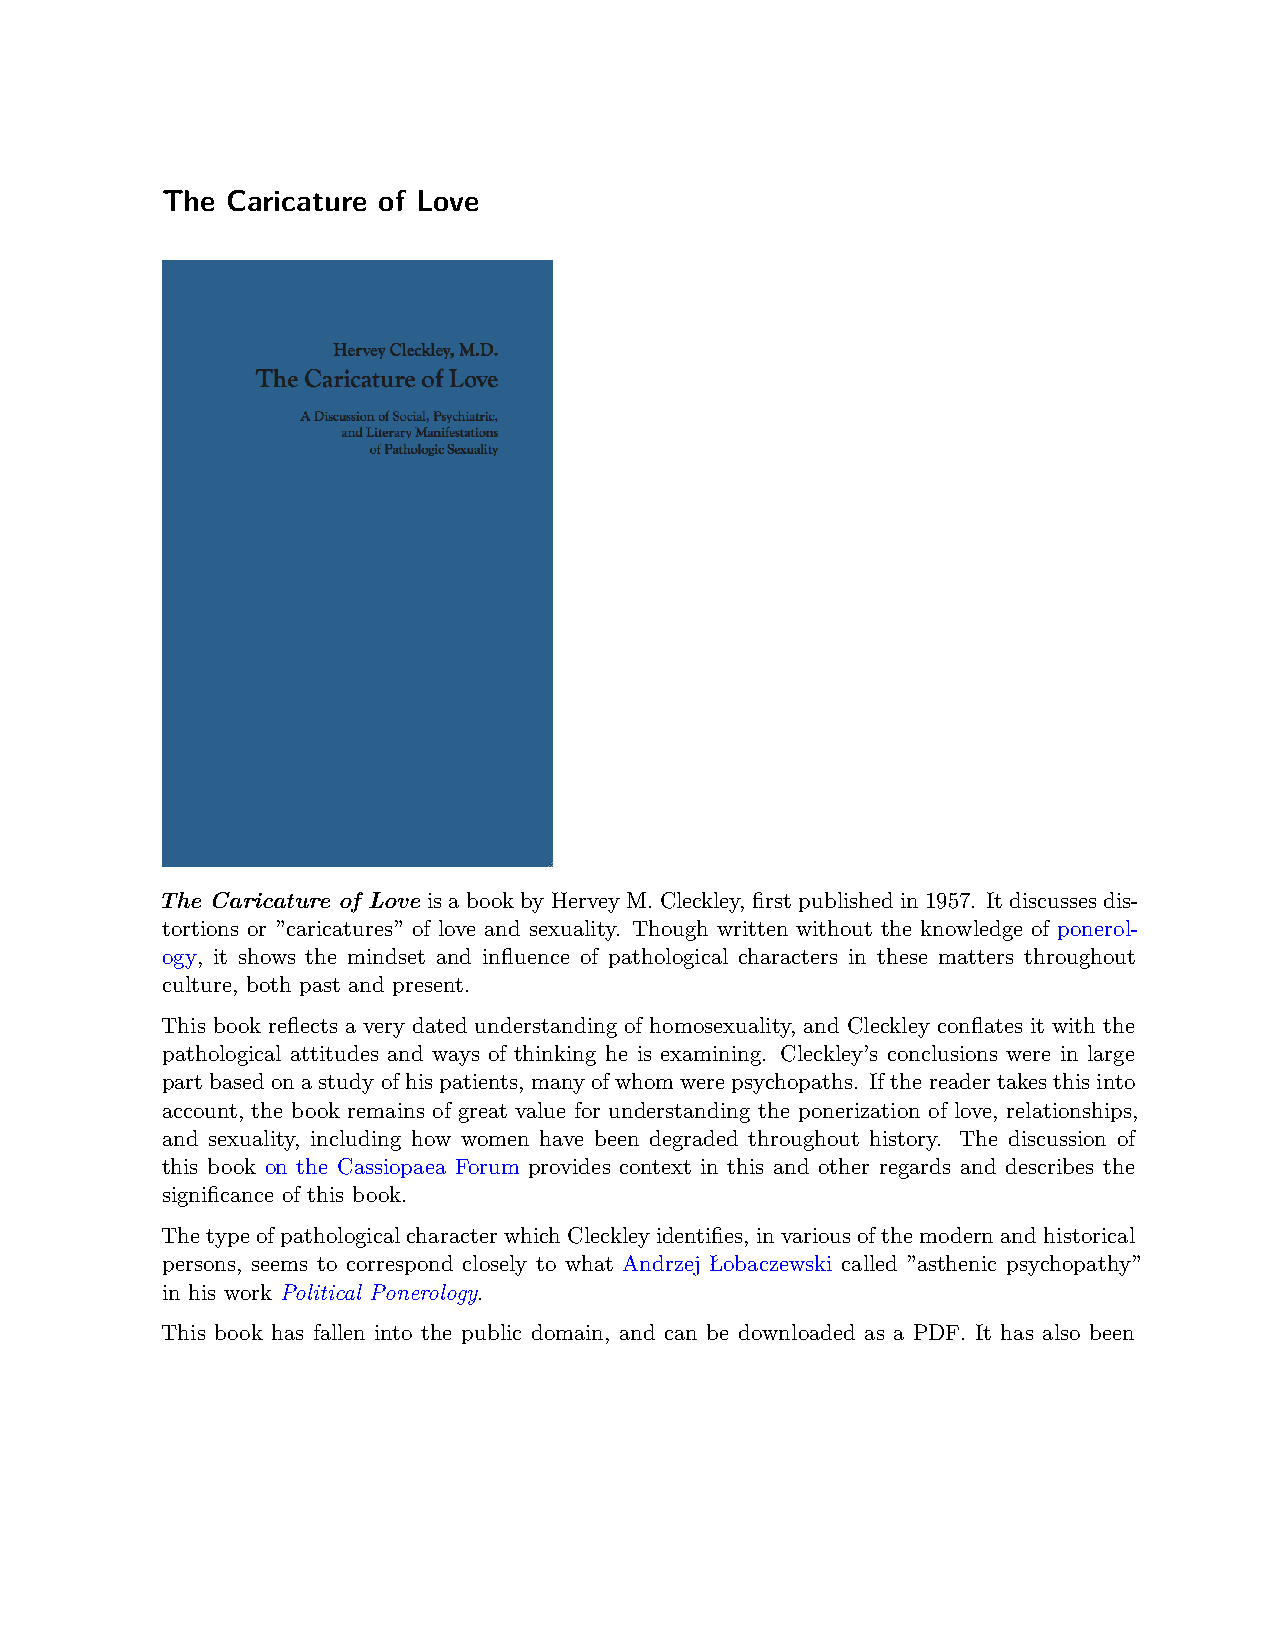
The Caricature of Love
 The Caricature of LoveisabookbyHerveyM.Cleckley, firstpublishedin1957. Itdiscussesdis-
 tortions or ”caricatures” of love and sexuality. Though written without the knowledge of ponerol-
 ogy, it shows the mindset and influence of pathological characters in these matters throughout
 culture, both past and present.
 This book reflects a very dated understanding of homosexuality, and Cleckley conflates it with the
 pathological attitudes and ways of thinking he is examining. Cleckley’s conclusions were in large
 partbasedonastudyofhispatients, manyofwhomwerepsychopaths. Ifthereadertakesthisinto
 account, the book remains of great value for understanding the ponerization of love, relationships,
 and sexuality, including how women have been degraded throughout history. The discussion of
 this book on the Cassiopaea Forum provides context in this and other regards and describes the
 significance of this book.
 ThetypeofpathologicalcharacterwhichCleckleyidentifies, invariousofthemodernandhistorical
 persons, seems to correspond closely to what Andrzej Łobaczewski called ”asthenic psychopathy”
 in his work Political Ponerology.
 This book has fallen into the public domain, and can be downloaded as a PDF. It has also been